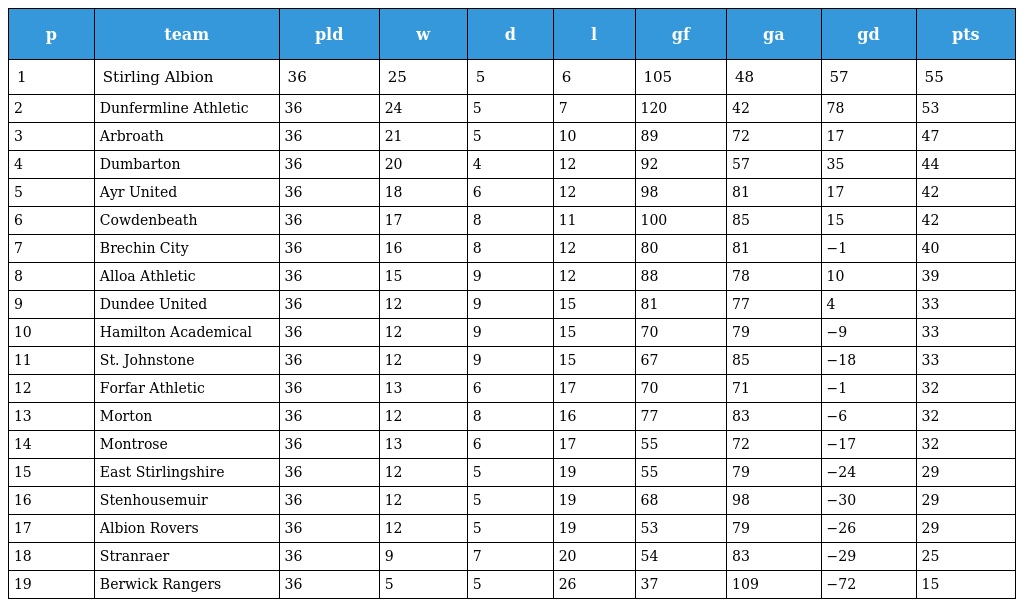
| p | team | pld | w | d | l | gf | ga | gd | pts |
 | --- | --- | --- | --- | --- | --- | --- | --- | --- | --- |
 | 1 | Stirling Albion | 36 | 25 | 5 | 6 | 105 | 48 | 57 | 55 |
 | 2 | Dunfermline Athletic | 36 | 24 | 5 | 7 | 120 | 42 | 78 | 53 |
 | 3 | Arbroath | 36 | 21 | 5 | 10 | 89 | 72 | 17 | 47 |
 | 4 | Dumbarton | 36 | 20 | 4 | 12 | 92 | 57 | 35 | 44 |
 | 5 | Ayr United | 36 | 18 | 6 | 12 | 98 | 81 | 17 | 42 |
 | 6 | Cowdenbeath | 36 | 17 | 8 | 11 | 100 | 85 | 15 | 42 |
 | 7 | Brechin City | 36 | 16 | 8 | 12 | 80 | 81 | −1 | 40 |
 | 8 | Alloa Athletic | 36 | 15 | 9 | 12 | 88 | 78 | 10 | 39 |
 | 9 | Dundee United | 36 | 12 | 9 | 15 | 81 | 77 | 4 | 33 |
 | 10 | Hamilton Academical | 36 | 12 | 9 | 15 | 70 | 79 | −9 | 33 |
 | 11 | St. Johnstone | 36 | 12 | 9 | 15 | 67 | 85 | −18 | 33 |
 | 12 | Forfar Athletic | 36 | 13 | 6 | 17 | 70 | 71 | −1 | 32 |
 | 13 | Morton | 36 | 12 | 8 | 16 | 77 | 83 | −6 | 32 |
 | 14 | Montrose | 36 | 13 | 6 | 17 | 55 | 72 | −17 | 32 |
 | 15 | East Stirlingshire | 36 | 12 | 5 | 19 | 55 | 79 | −24 | 29 |
 | 16 | Stenhousemuir | 36 | 12 | 5 | 19 | 68 | 98 | −30 | 29 |
 | 17 | Albion Rovers | 36 | 12 | 5 | 19 | 53 | 79 | −26 | 29 |
 | 18 | Stranraer | 36 | 9 | 7 | 20 | 54 | 83 | −29 | 25 |
 | 19 | Berwick Rangers | 36 | 5 | 5 | 26 | 37 | 109 | −72 | 15 |